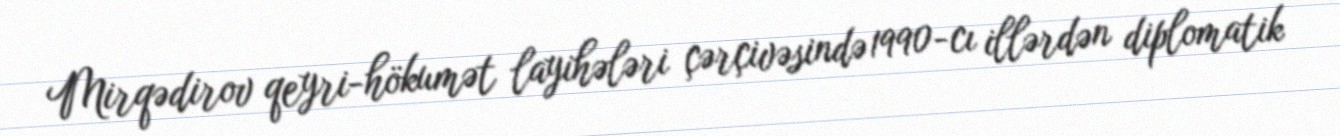
Mirqədirov qeyri-hökumət layihələri çərçivəsində 1990-cı illərdən diplomatik